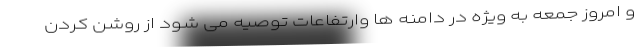
و امروز جمعه به ویژه در دامنه ها وارتفاعات توصیه می شود از روشن کردن